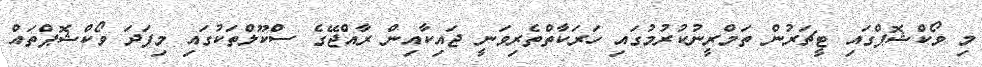
މި ވޯކްޝޮޕްގައި ޓީޗަރުން ތަމްރީނުކުރުމުގައި ހަރަކާތްތެރިވަނީ ޖައިކާއިން ރާއްޖޭގެ ސްކޫލްތަކުގައި މިފަދަ ވޯކްޝޮޕްތައް